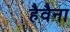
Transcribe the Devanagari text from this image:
हैवैना